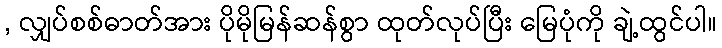
, လျှပ်စစ်ဓာတ်အား ပိုမိုမြန်ဆန်စွာ ထုတ်လုပ်ပြီး မြေပုံကို ချဲ့ထွင်ပါ။